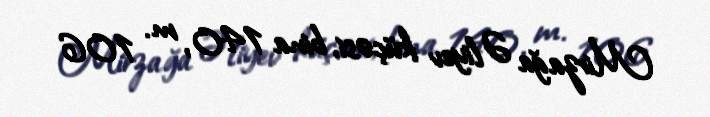
Mirzağa Əliyev küçəsi, bina 140, m. 106